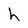
Character: h